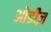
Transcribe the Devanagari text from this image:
ओडीज़